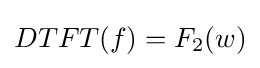
DTFT(f)=F_{2}(w)